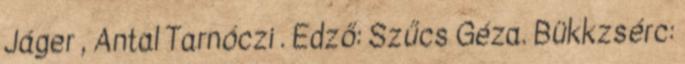
Jáger , Antal Tarnóczi . Edző: Szűcs Géza. Bükkzsérc: